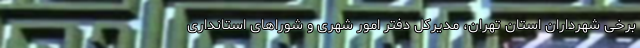
برخی شهرداران استان تهران، مدیرکل دفتر امور شهری و شوراهای استانداری